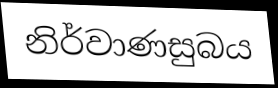
නිර්වාණසුබය